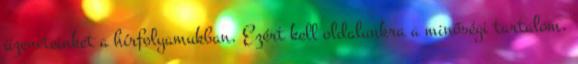
üzeneteinket a hírfolyamukban. Ezért kell oldalunkra a minőségi tartalom,